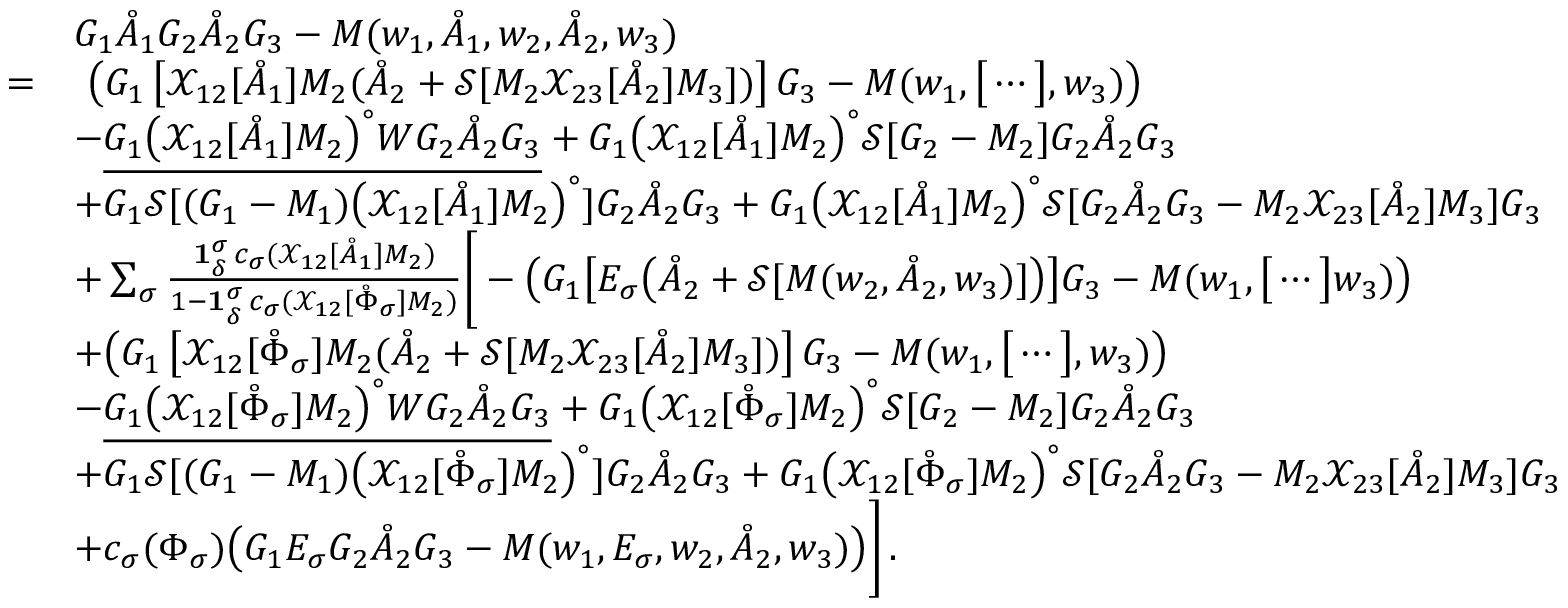
\begin{array} { r l } & { G _ { 1 } \mathring { A } _ { 1 } G _ { 2 } \mathring { A } _ { 2 } G _ { 3 } - M ( w _ { 1 } , \mathring { A } _ { 1 } , w _ { 2 } , \mathring { A } _ { 2 } , w _ { 3 } ) } \\ { = } & { \ \big ( G _ { 1 } \, \big [ \mathcal { X } _ { 1 2 } [ \mathring { A } _ { 1 } ] M _ { 2 } ( \mathring { A } _ { 2 } + \mathcal { S } [ M _ { 2 } \mathcal { X } _ { 2 3 } [ \mathring { A } _ { 2 } ] M _ { 3 } ] ) \big ] \, G _ { 3 } - M ( w _ { 1 } , \big [ \cdots \big ] , w _ { 3 } ) \big ) } \\ & { - \underline { { G _ { 1 } \big ( \mathcal { X } _ { 1 2 } [ \mathring { A } _ { 1 } ] M _ { 2 } \big ) ^ { \circ } W G _ { 2 } \mathring { A } _ { 2 } G _ { 3 } } } + G _ { 1 } \big ( \mathcal { X } _ { 1 2 } [ \mathring { A } _ { 1 } ] M _ { 2 } \big ) ^ { \circ } \mathcal { S } [ G _ { 2 } - M _ { 2 } ] G _ { 2 } \mathring { A } _ { 2 } G _ { 3 } } \\ & { + G _ { 1 } \mathcal { S } [ ( G _ { 1 } - M _ { 1 } ) \big ( \mathcal { X } _ { 1 2 } [ \mathring { A } _ { 1 } ] M _ { 2 } \big ) ^ { \circ } ] G _ { 2 } \mathring { A } _ { 2 } G _ { 3 } + G _ { 1 } \big ( \mathcal { X } _ { 1 2 } [ \mathring { A } _ { 1 } ] M _ { 2 } \big ) ^ { \circ } \mathcal { S } [ G _ { 2 } \mathring { A } _ { 2 } G _ { 3 } - M _ { 2 } \mathcal { X } _ { 2 3 } [ \mathring { A } _ { 2 } ] M _ { 3 } ] G _ { 3 } } \\ & { + \sum _ { \sigma } \frac { \mathbf { 1 } _ { \delta } ^ { \sigma } \, c _ { \sigma } ( \mathcal { X } _ { 1 2 } [ \mathring { A } _ { 1 } ] M _ { 2 } ) } { 1 - \mathbf { 1 } _ { \delta } ^ { \sigma } \, c _ { \sigma } ( \mathcal { X } _ { 1 2 } [ \mathring { \Phi } _ { \sigma } ] M _ { 2 } ) } \bigg [ - \big ( G _ { 1 } \big [ E _ { \sigma } \big ( \mathring { A } _ { 2 } + \mathcal { S } [ M ( w _ { 2 } , \mathring { A } _ { 2 } , w _ { 3 } ) ] \big ) \big ] G _ { 3 } - M ( w _ { 1 } , \big [ \cdots \big ] w _ { 3 } ) \big ) } \\ & { + \big ( G _ { 1 } \, \big [ \mathcal { X } _ { 1 2 } [ \mathring { \Phi } _ { \sigma } ] M _ { 2 } ( \mathring { A } _ { 2 } + \mathcal { S } [ M _ { 2 } \mathcal { X } _ { 2 3 } [ \mathring { A } _ { 2 } ] M _ { 3 } ] ) \big ] \, G _ { 3 } - M ( w _ { 1 } , \big [ \cdots \big ] , w _ { 3 } ) \big ) } \\ & { - \underline { { G _ { 1 } \big ( \mathcal { X } _ { 1 2 } [ \mathring { \Phi } _ { \sigma } ] M _ { 2 } \big ) ^ { \circ } W G _ { 2 } \mathring { A } _ { 2 } G _ { 3 } } } + G _ { 1 } \big ( \mathcal { X } _ { 1 2 } [ \mathring { \Phi } _ { \sigma } ] M _ { 2 } \big ) ^ { \circ } \mathcal { S } [ G _ { 2 } - M _ { 2 } ] G _ { 2 } \mathring { A } _ { 2 } G _ { 3 } } \\ & { + G _ { 1 } \mathcal { S } [ ( G _ { 1 } - M _ { 1 } ) \big ( \mathcal { X } _ { 1 2 } [ \mathring { \Phi } _ { \sigma } ] M _ { 2 } \big ) ^ { \circ } ] G _ { 2 } \mathring { A } _ { 2 } G _ { 3 } + G _ { 1 } \big ( \mathcal { X } _ { 1 2 } [ \mathring { \Phi } _ { \sigma } ] M _ { 2 } \big ) ^ { \circ } \mathcal { S } [ G _ { 2 } \mathring { A } _ { 2 } G _ { 3 } - M _ { 2 } \mathcal { X } _ { 2 3 } [ \mathring { A } _ { 2 } ] M _ { 3 } ] G _ { 3 } } \\ & { + c _ { \sigma } ( \Phi _ { \sigma } ) \big ( G _ { 1 } E _ { \sigma } G _ { 2 } \mathring { A } _ { 2 } G _ { 3 } - M ( w _ { 1 } , E _ { \sigma } , w _ { 2 } , \mathring { A } _ { 2 } , w _ { 3 } ) \big ) \bigg ] \, . } \end{array}